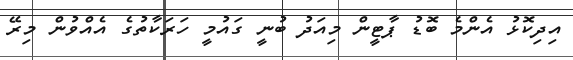
އިދިކޮޅު އެންމެ ބޮޑު ޕާޓީން މިއަދު ބުނީ ގައުމީ ހަރަކާތުގެ އެއްވުން މިރޭ